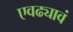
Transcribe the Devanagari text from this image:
एवढ्यावं